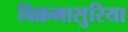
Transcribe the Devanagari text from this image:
विक्रमासुरिया